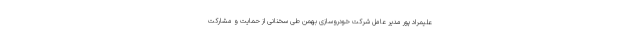
علیمراد پور مدیر عامل شرکت خودروسازی بهمن طی سخنانی از حمایت و مشارکت